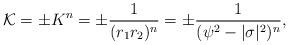
LaTeX: \begin{align*}{\cal K}=\pm K^n=\pm\frac{1}{(r_1r_2)^n}=\pm\frac{1}{(\psi^2-|\sigma|^2)^n},\end{align*}